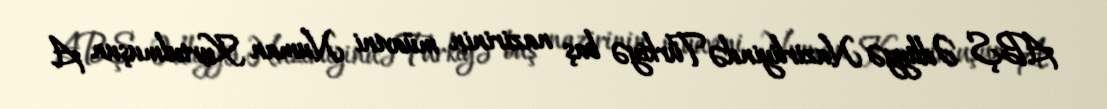
ABŞ Ədliyyə Nazirliyində Türkiyə baş nazirinin müavini Numan Kurtulmuşun A.